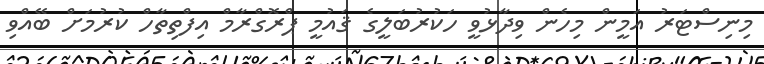
މިނިސްޓަރު އަމީން މިހެން ވިދާޅުވީ ހަކުރުބަލީގެ ޤައުމީ ޕްރޮގްރާމް އިފްތިތާހް ކުރުމަށް ބޭއްވި